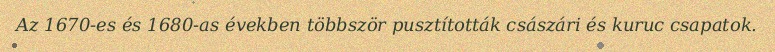
Az 1670-es és 1680-as években többször pusztították császári és kuruc csapatok.